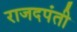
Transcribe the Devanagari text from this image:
राजदपंती